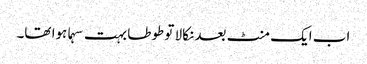
اب ایک منٹ بعد نکالا تو طوطا بہت سہما ہوا تھا۔